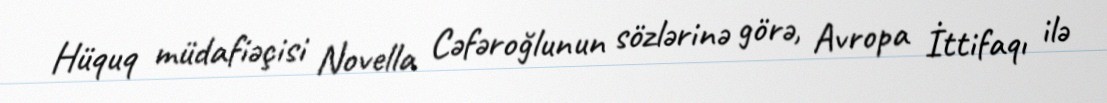
Hüquq müdafiəçisi Novella Cəfəroğlunun sözlərinə görə, Avropa İttifaqı ilə